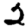
Digit: 2